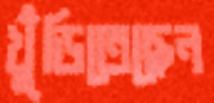
খুঁড়িতেছেন